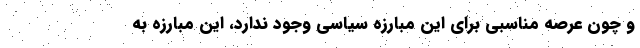
و چون عرصه مناسبی برای این مبارزه سیاسی وجود ندارد، این مبارزه به